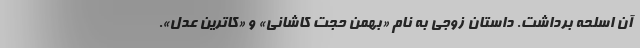
آن اسلحه برداشت. داستان زوجی به نام «بهمن حجت کاشانی» و «کاترین عدل».